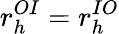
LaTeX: r_{h}^{OI}=r_{h}^{IO}